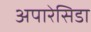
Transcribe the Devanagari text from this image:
अपारेसिडा